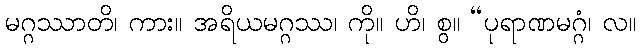
မဂ္ဂဿာတိ၊ ကား။ အရိယမဂ္ဂဿ၊ ကို။ ဟိ၊ စွ။ “ပုရာဏမဂ္ဂံ၊ လ။